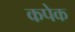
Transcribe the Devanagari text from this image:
कपेक